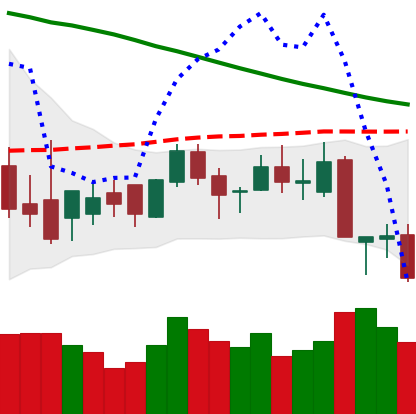
Ticker: XLM-USD
Chart end date: 2018-09-08
Forward return: 6.876%
Label: up_5_7